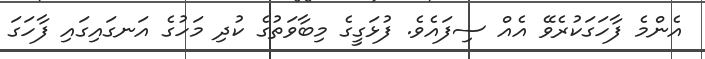
އެންމެ ފާހަގަކުރެވޭ އެއް ސިފައެވެ. ފުޅަގީގެ މިބާވަތުގެ ކުދި މަހުގެ އަނގައިގައި ފާހަގަ